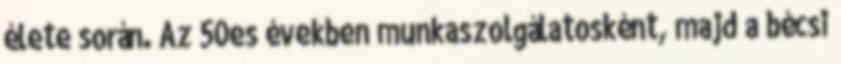
élete során. Az 50es években munkaszolgálatosként, majd a bécsi